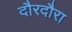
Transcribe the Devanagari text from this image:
दौरदौरा